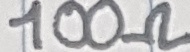
Text: 100Ω